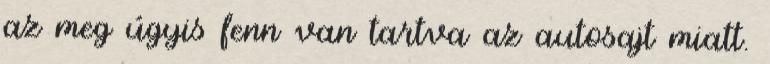
az meg úgyis fenn van tartva az autosajt miatt.